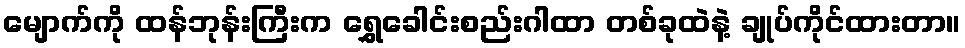
မျောက်ကို ထန်ဘုန်းကြီးက ရွှေခေါင်းစည်းဂါထာ တစ်ခုထဲနဲ့ ချုပ်ကိုင်ထားတာ။